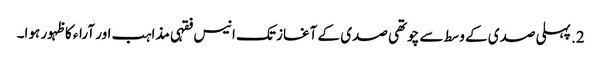
2. پہلی صدی کے وسط سے چوتھی صدی کے آغاز تک انیس فقہی مذاہب اور آراء کا ظہور ہوا۔